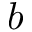
b